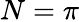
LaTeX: N=\pi